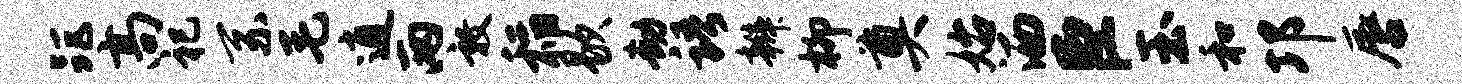
距高祀系毛逍两敦稻歇劫语辫柳奠始洒臣玉和邛唇